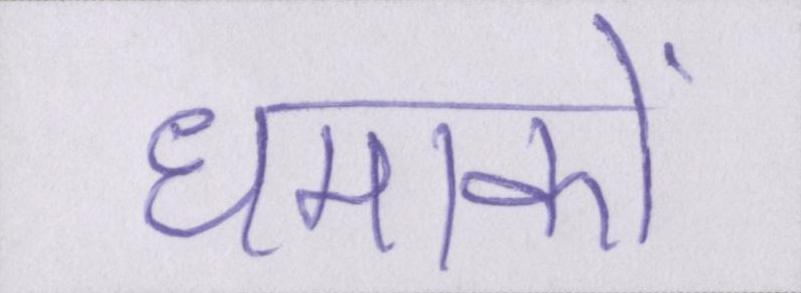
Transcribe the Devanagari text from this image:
धमाकों